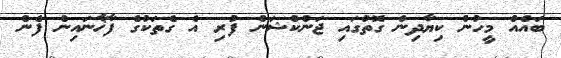
ބައެއް މީހުން ކިޔާދިން ގޮތުގައި ޖަންކްޝަން ފުރި އެ ގެތަކުގެ ފާޚާނައިން ފެން